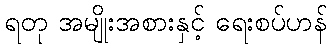
ရတု အမျိုးအစားနှင့် ရေးစပ်ဟန်